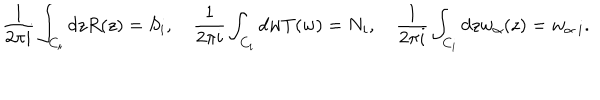
\frac { 1 } { 2 \pi i } \int _ { C _ { i } } d z R ( z ) = S _ { i } , ~ \frac { 1 } { 2 \pi i } \int _ { C _ { i } } d w T ( w ) = N _ { i } , ~ \frac { 1 } { 2 \pi i } \int _ { C _ { i } } d z w _ { \alpha } ( z ) = w _ { \alpha ~ i } .